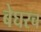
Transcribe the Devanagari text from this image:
बेघरच